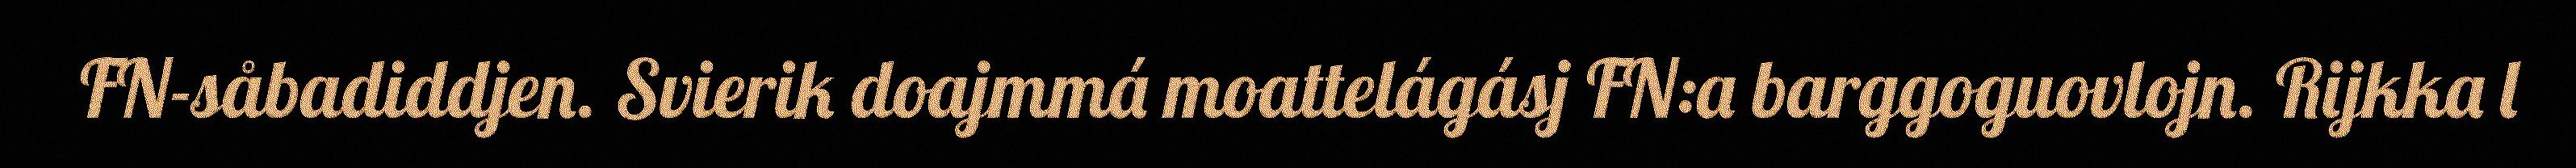
FN-såbadiddjen. Svierik doajmmá moattelágásj FN:a barggoguovlojn. Rijkka l